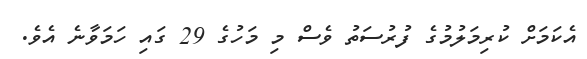
އެކަމަށް ކުރިމަލުމުގެ ފުރުސަތު ވެސް މި މަހުގެ 29 ގައި ހަމަވާނެ އެވެ.